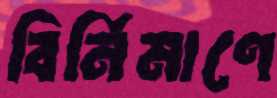
বির্নিমাণে